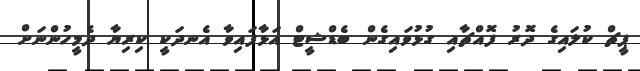
ޕީޗް ކުލައިގެ ދޮރު ފޮއްޗާއި ގުޅުވައިގެން ބެޑްޝީޓް އަޅާފައިވާ އެނދަކީ ކިރިޔާ ދެމީހުންނަށް